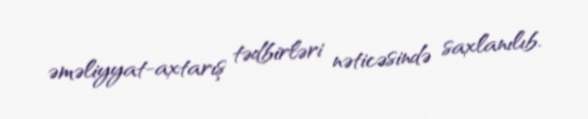
əməliyyat-axtarış tədbirləri nəticəsində saxlanılıb.